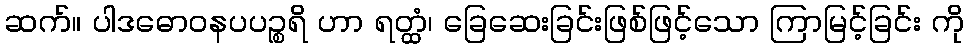
ဆက်။ ပါဒဓောဝနပပဉ္စရိ ဟာ ရတ္ထံ၊ ခြေဆေးခြင်းဖြစ်ဖြင့်သော ကြာမြင့်ခြင်း ကို